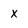
Character: X